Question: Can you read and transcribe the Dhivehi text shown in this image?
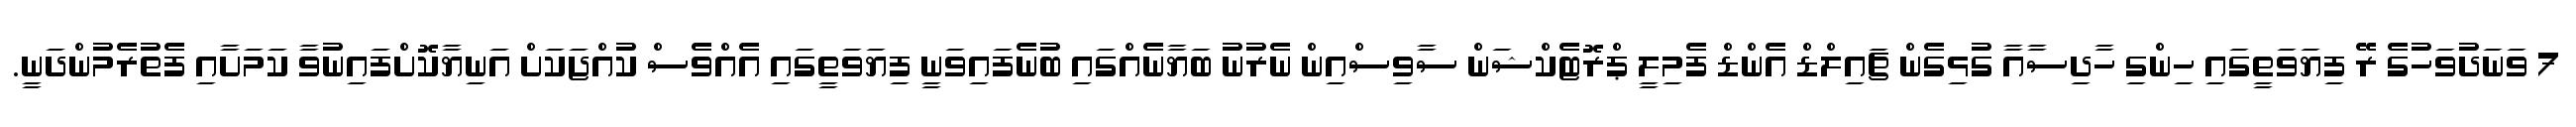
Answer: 7 ވަނަދުވަހުގެ ރޭ ފިޔަވަތީގައި ހިންގި ހާދިސާއާ ގުޅިގެން ޗައިލްޑް އެންޑް ފެމިލީ ޕްރޮޓެކްޝަން ސާވިސްއިން ނެރުނު ބަޔާނެއްގައި ބުނެފައިވަނީ ފިޔަވަތީގައި އެއްވެސް ކުއްޖަކަށް އަނިޔާކޮށްފައިނުވާ ކަމަށާއި ފެތުރެމުންދަނީ.